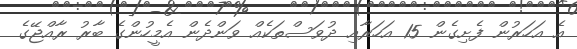
އެ އަހަރުން ފެށިގެން 15 އަހަރާއި ދުވަސްތަކެއް ވަންދެން އެމީހުންގެ ބާރު ރާއްޖޭގެ